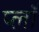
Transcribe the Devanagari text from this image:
प्लाँ